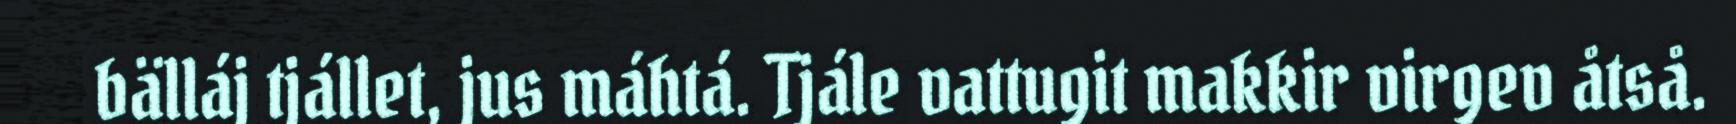
bälláj tjállet, jus máhtá. Tjále vattugit makkir virgev åtså.